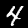
Label: 4